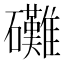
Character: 𮁙